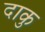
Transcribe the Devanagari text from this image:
दाकु